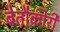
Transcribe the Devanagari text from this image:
बेतौक़ीरी